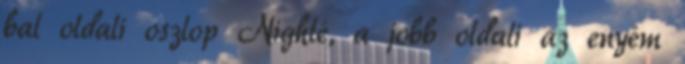
bal oldali oszlop Nighté, a jobb oldali az enyém